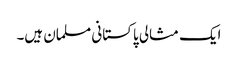
ایک مثالی پاکستانی مسلمان ہیں۔